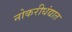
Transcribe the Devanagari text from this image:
नोकरीधंद्यात